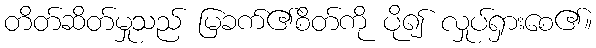
တိတ်ဆိတ်မှုသည် မြခက်၏စိတ်ကို ပို၍ လှုပ်ရှားစေ၏။